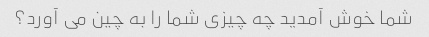
شما خوش آمدید چه چیزی شما را به چین می آورد؟